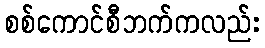
စစ်ကောင်စီဘက်ကလည်း